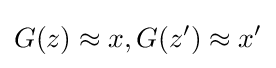
G(z)\approx x,G(z')\approx x'